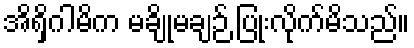
အိရှိဂါမိက မချိုမချဉ် ပြုံးလိုက်မိသည်။